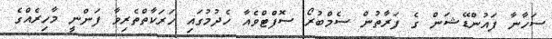
ސަހާނާ ފައުންޑޭޝަން ގެ ފަރާތުން ސެމްބުރޯ ސޮފްޓްވެއާ ހެދުމުގައި ހަރަކާތްތެރިވާ ފަންނީ މާހިރެއްގެ